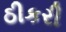
ઠીકરી